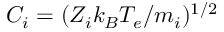
C _ { i } = ( Z _ { i } k _ { B } T _ { e } / m _ { i } ) ^ { 1 / 2 }